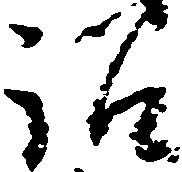
訟